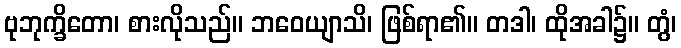
ဗုဘုက္ခိတော၊ စားလိုသည်။ ဘဝေယျာသိ၊ ဖြစ်ရာ၏။ တဒါ၊ ထိုအခါ၌။ တွံ၊